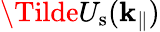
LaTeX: \Tilde{U}_{\mathrm{s}}({\mathbf k}_{\parallel})